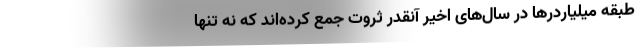
طبقه میلیاردرها در سال‌های اخیر آنقدر ثروت جمع کرده‌اند که نه تنها